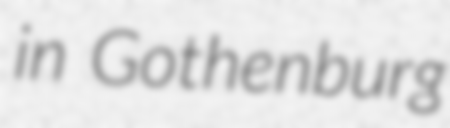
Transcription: in Gothenburg